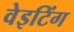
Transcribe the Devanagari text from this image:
वेइटिंग